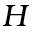
H